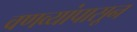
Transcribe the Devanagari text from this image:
वणव्यांपासून